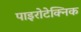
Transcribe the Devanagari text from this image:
पाइरोटेक्निक